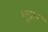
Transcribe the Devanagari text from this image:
शुद्रत्व